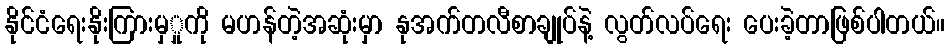
နိုင်ငံရေးနိုးကြားမှှုကို မဟန်တဲ့အဆုံးမှာ နုအက်တလီစာချုပ်နဲ့ လွတ်လပ်ရေး ပေးခဲ့တာဖြစ်ပါတယ်။